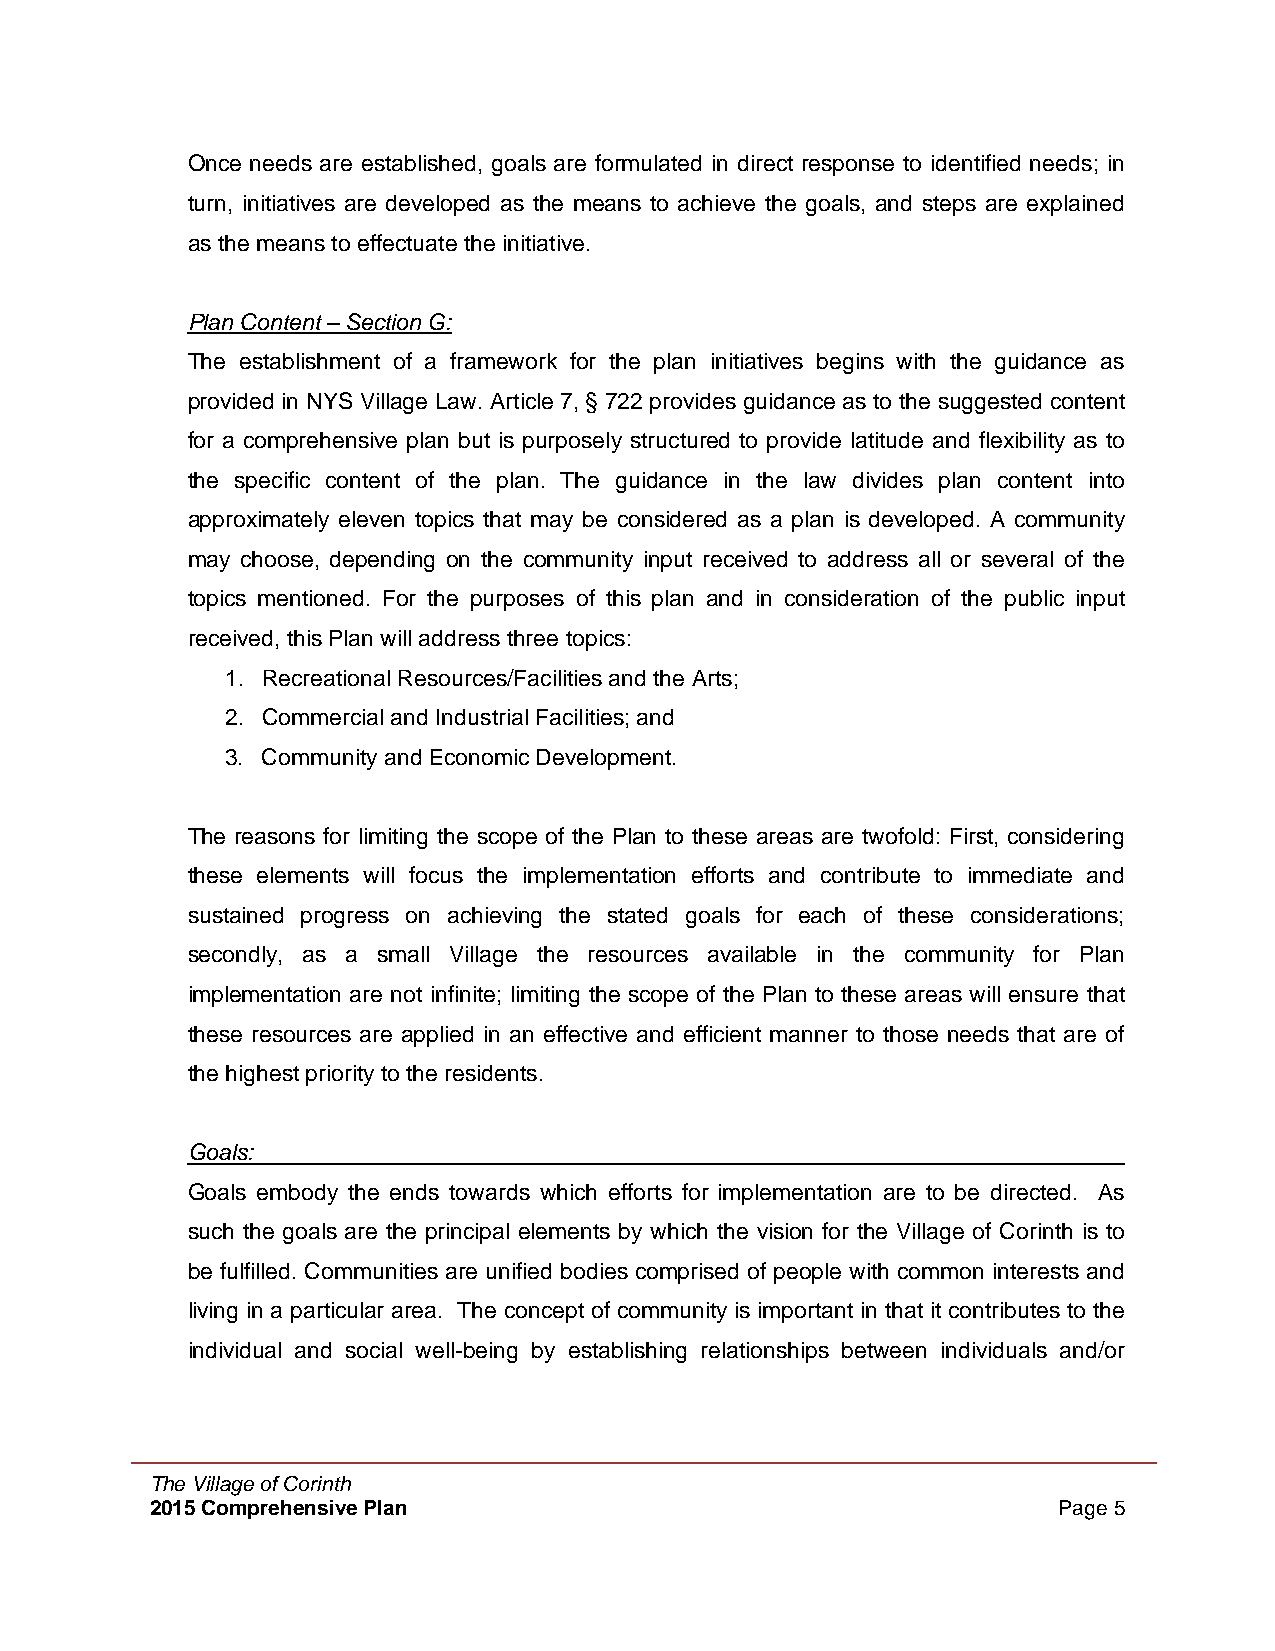
Once needs are established, goals are formulated in direct response to identified needs; in
 turn, initiatives are developed as the means to achieve the goals, and steps are explained
 as the means to effectuate the initiative.
 Plan Content – Section G:
 The establishment of a framework for the plan initiatives begins with the guidance as
 provided in NYS Village Law. Article 7, § 722 provides guidance as to the suggested content
 for a comprehensive plan but is purposely structured to provide latitude and flexibility as to
 the specific content of the plan. The guidance in the law divides plan content into
 approximately eleven topics that may be considered as a plan is developed. A community
 may choose, depending on the community input received to address all or several of the
 topics mentioned. For the purposes of this plan and in consideration of the public input
 received, this Plan will address three topics:
 1. Recreational Resources/Facilities and the Arts;
 2. Commercial and Industrial Facilities; and
 3. Community and Economic Development.
 The reasons for limiting the scope of the Plan to these areas are twofold: First, considering
 these elements will focus the implementation efforts and contribute to immediate and
 sustained progress on achieving the stated goals for each of these considerations;
 secondly, as a small Village the resources available in the community for Plan
 implementation are not infinite; limiting the scope of the Plan to these areas will ensure that
 these resources are applied in an effective and efficient manner to those needs that are of
 the highest priority to the residents.
 Goals:
 Goals embody the ends towards which efforts for implementation are to be directed. As
 such the goals are the principal elements by which the vision for the Village of Corinth is to
 be fulfilled. Communities are unified bodies comprised of people with common interests and
 living in a particular area. The concept of community is important in that it contributes to the
 individual and social well-being by establishing relationships between individuals and/or
 The Village of Corinth
 2015 Comprehensive Plan                                     Page 5